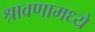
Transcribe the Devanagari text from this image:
श्रावणामध्ये